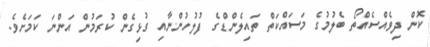
ކޮން ދިވެއްސެއްތޯ ބެލުމުގެ މަސައްކަތް ތައިލެންޑްގެ ފުލުހުންނާއި ގުޅިގެން ކުރަމުން އަންނަ ކަމަށެވެ.